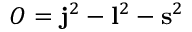
O = { \bf j } ^ { 2 } - { \bf l } ^ { 2 } - { \bf s } ^ { 2 }